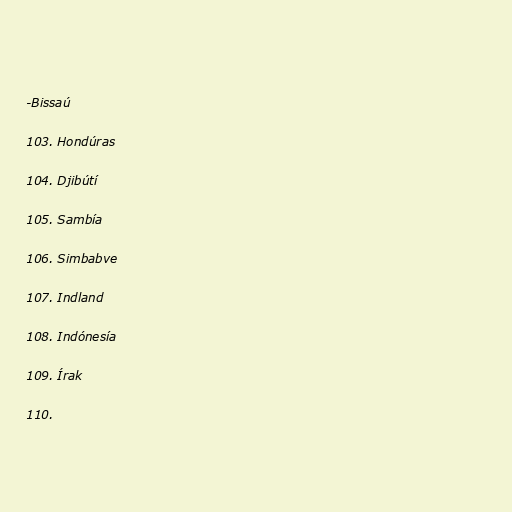
-Bissaú

103. Hondúras

104. Djibútí

105. Sambía

106. Simbabve

107. Indland

108. Indónesía

109. Írak

110.